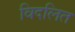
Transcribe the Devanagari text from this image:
विदलित